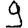
Digit: 9